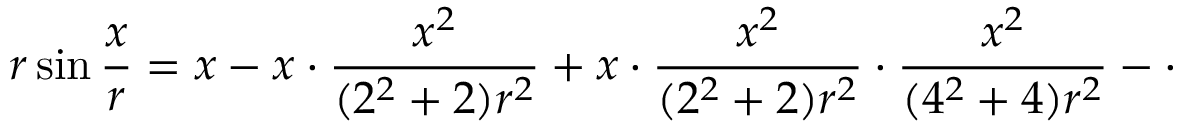
r \sin { \frac { x } { r } } = x - x \cdot { \frac { x ^ { 2 } } { ( 2 ^ { 2 } + 2 ) r ^ { 2 } } } + x \cdot { \frac { x ^ { 2 } } { ( 2 ^ { 2 } + 2 ) r ^ { 2 } } } \cdot { \frac { x ^ { 2 } } { ( 4 ^ { 2 } + 4 ) r ^ { 2 } } } - \cdot